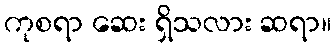
ကုစရာ ဆေး ရှိသလား ဆရာ။